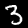
Digit: 3